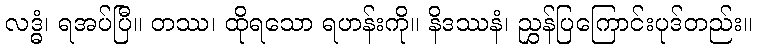
လဒ္ဓံ၊ ရအပ်ပြီ။ တဿ၊ ထိုရသော ရဟန်းကို။ နိဒဿနံ၊ ညွှန်ပြကြောင်းပုဒ်တည်း။